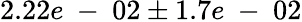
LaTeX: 2.22e\mathrm{~-~}02\pm 1.7e\mathrm{~-~}02